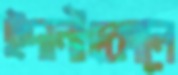
ইদানীংকালে